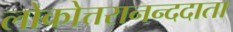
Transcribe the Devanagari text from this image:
लोकोत्तरानन्ददाता